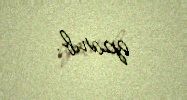
aparıb.